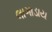
લાગાડાય